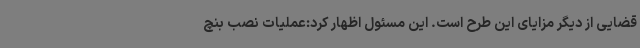
قضایی از دیگر مزایای این طرح است. این مسئول اظهار کرد:عملیات نصب بنچ